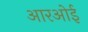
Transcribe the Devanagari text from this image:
आरओई